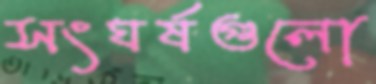
সংঘর্ষগুলো